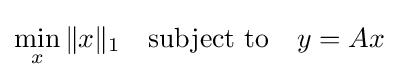
\min _{x}\|x\|_{1}\quad {\text{subject to}}\quad y=Ax